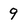
Character: 9